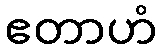
ဧတာဟံ